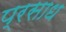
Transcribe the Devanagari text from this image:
प्रसाध